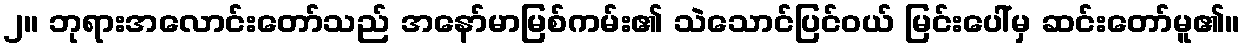
၂။ ဘုရားအလောင်းတော်သည် အနော်မာမြစ်ကမ်း၏ သဲသောင်ပြင်ဝယ် မြင်းပေါ်မှ ဆင်းတော်မူ၏။